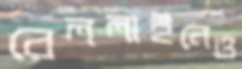
রেললাইনেও